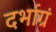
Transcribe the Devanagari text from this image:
दर्भाग्रं